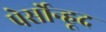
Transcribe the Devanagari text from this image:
पेर्सोन्हूद